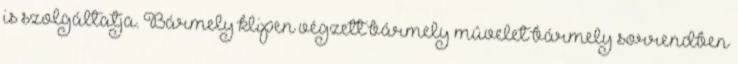
is szolgáltatja. Bármely klipen végzett bármely mûvelet bármely sorrendben